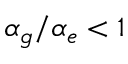
\alpha _ { g } / \alpha _ { e } < 1